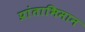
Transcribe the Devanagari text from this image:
प्रांताभिमान